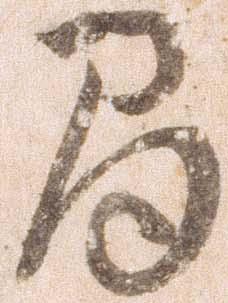
間